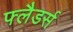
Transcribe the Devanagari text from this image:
फ्लैडर्स